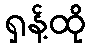
ရှန့်ထို